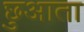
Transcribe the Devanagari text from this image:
छुआता